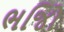
ભજિો